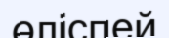
өліспей